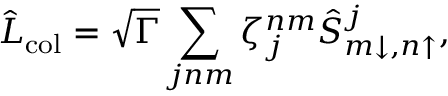
\hat { L } _ { \mathrm { c o l } } = \sqrt { \Gamma } \sum _ { j n m } \zeta _ { j } ^ { n m } \hat { S } _ { m \downarrow , n \uparrow } ^ { j } ,